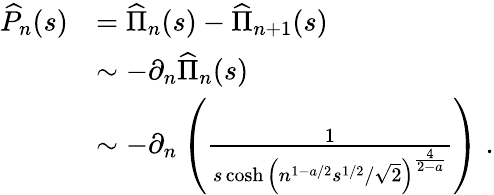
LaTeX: \begin{array}{rl}{\widehat{P}_{n}(s)}&{=\widehat{\Pi}_{n}(s)-\widehat{\Pi}_{n+1}(s)}\\ &{\sim-\partial_{n}\widehat{\Pi}_{n}(s)}\\ &{\sim-\partial_{n}\left(\frac{1}{s\cosh\left(n^{1-a/2}s^{1/2}/\sqrt{2}\right)^{\frac{4}{2-a}}}\right)\; .}\end{array}